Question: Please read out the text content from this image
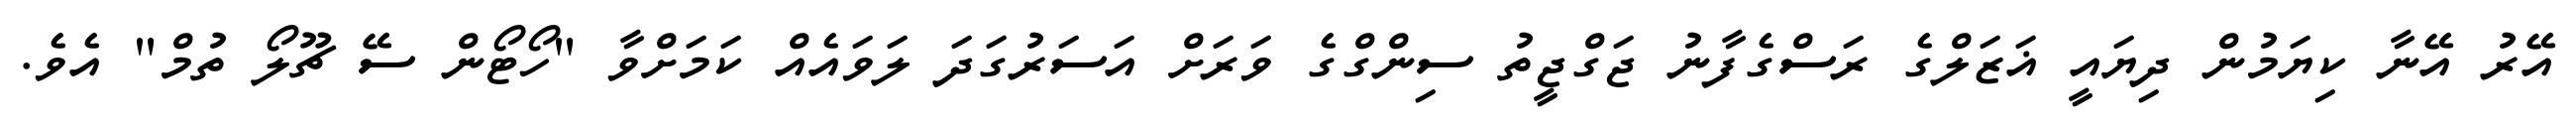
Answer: އޭރު އޭނާ ކިޔަމުން ދިޔައީ ޣަޒަލްގެ ރަސްގެފާނު ޖަގްޖީތު ސިންގްގެ ވަރަށް އަސަރުގަދަ ލަވައެއް ކަމަށްވާ "ހޯޓޯން ސޭ ޗޫލޯ ތުމް" އެވެ.